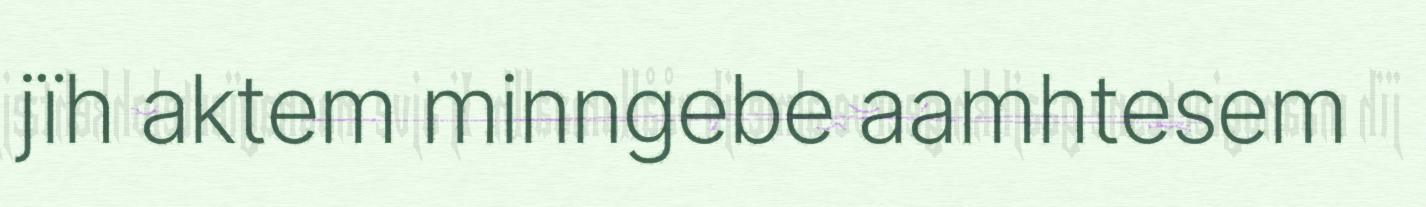
jïh aktem minngebe aamhtesem